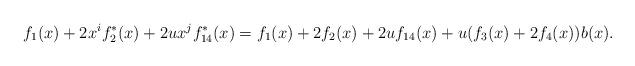
LaTeX: \begin{align*}f_1(x)+2x^if_2^*(x)+2ux^jf_{14}^*(x)=f_1(x)+2f_2(x)+2uf_{14}(x)+u (f_3(x)+2 f_4(x))b(x).\end{align*}